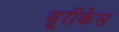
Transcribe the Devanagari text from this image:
यूरीकेस